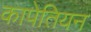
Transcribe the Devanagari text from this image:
कापेतियन